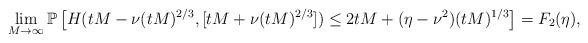
LaTeX: \begin{align*}\lim_{M\to\infty}\mathbb{P}\left[H(tM-\nu(tM)^{2/3},[tM+\nu(tM)^{2/3}])\le 2tM+(\eta-\nu^2)(tM)^{1/3}\right]=F_2(\eta),\end{align*}